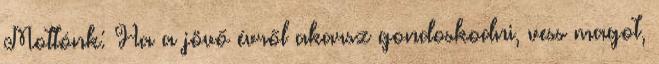
Mottónk: Ha a jövő évről akarsz gondoskodni, vess magot,